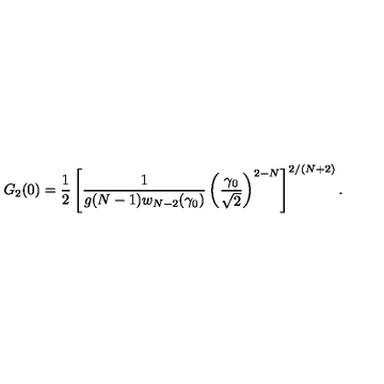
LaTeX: G _ { 2 } ( 0 ) = { \frac { 1 } { 2 } } \left[ { \frac { 1 } { g ( N - 1 ) w _ { N - 2 } ( \gamma _ { 0 } ) } } \left( \frac { \gamma _ { 0 } } { \sqrt { 2 } } \right) ^ { 2 - N } \right] ^ { 2 / ( N + 2 ) } .